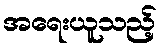
အရေးယူသည့်